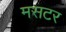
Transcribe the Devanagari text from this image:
मसटर